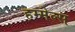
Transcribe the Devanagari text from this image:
हम्मेल्स